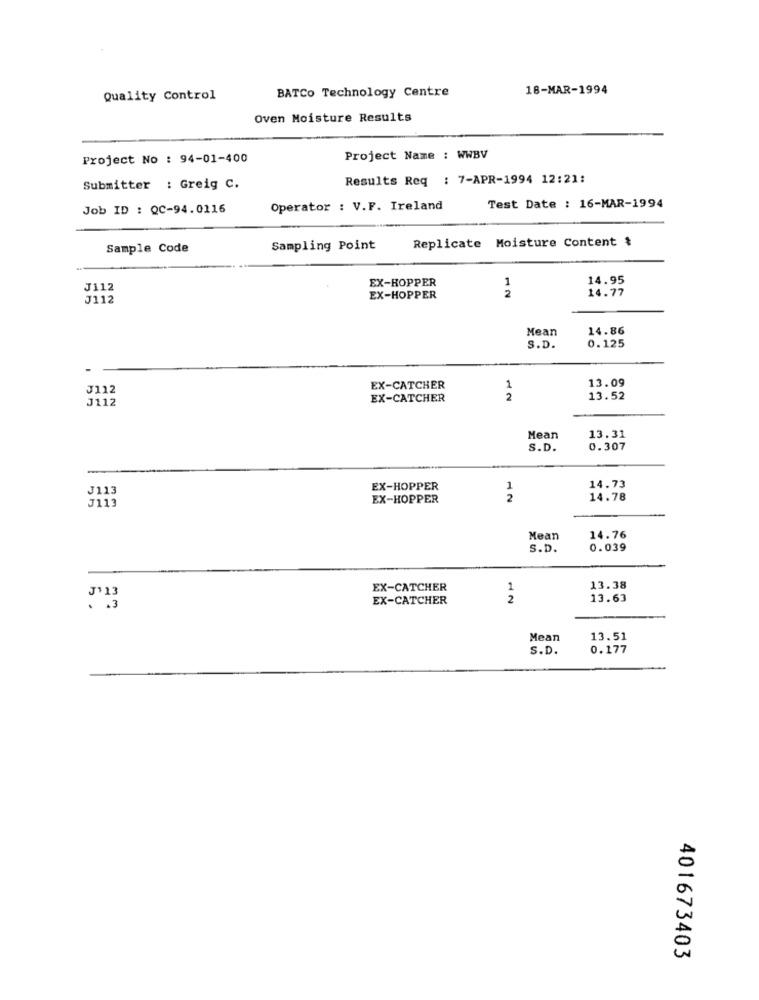
BATCo Technology Centre
18-MAR-1994
Quality Control
Oven Moisture Results
Project No : 94-01-400
Project Name : WWBV
Results Req : 7-APR-1994 12:21:
Submitter : Greig C.
Job ID : QC-94.0116
Operator : V.F. Ireland
Test Date : 16-MAR-1994
Replicate Moisture Content &
Sample Code
Sampling Point
EX-HOPPER
14.95
J112
1
2
14.77
J112
EX-HOPPER
Mean
14.86
0.125
S.D.
13.09
J112
EX-CATCHER
1
J112
EX-CATCHER
2
13.52
Mean
13.31
S.D.
0.307
J113
EX-HOPPER
1
14.73
J113
EX-HOPPER
2
14.78
Mean
14.76
S.D.
0.039
EX-CATCHER
1
13.38
J' 13
EX-CATCHER
2
13.63
. 3
Mean
13.51
S.D.
0.177
401673403